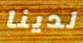
لدينا